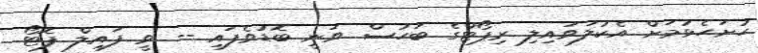
ހުށަހެޅުމަށް އެކުލަވައިލި ރިޕޯޓްގެ ބަހުސް ވަނީ ބޮޑުވެފައި -- ވީ ފައިލް ފޮޓޯ